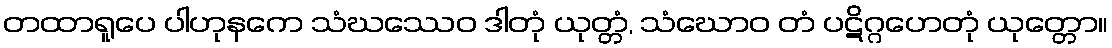
တထာရူပေ ပါဟုနကေ သံဃဿေဝ ဒါတုံ ယုတ္တံ, သံဃောဝ တံ ပဋိဂ္ဂဟေတုံ ယုတ္တော။